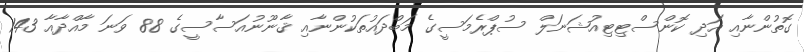
ގޮތުންނާއި އަދި ކޮންސްޓިޓިއުޝަނަލް ސުޕްރެމަސީގެ މަބްދައުތަކުންނާއި ޤާނޫނުއަސާސީގެ 88 ވަނަ މާއްދާއާ 143